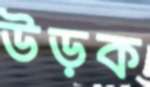
উড়ক